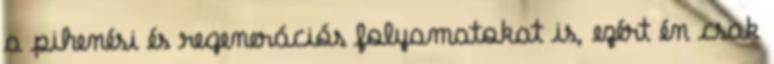
a pihenési és regenerációs folyamatokat is, ezért én csak